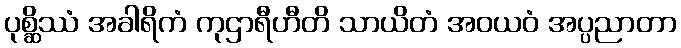
ပုစ္ဆိဿံ အခါရိကံ ကုဌာရီဟီတိ သာယိတံ အဝယဝံ အပ္ပညာတာ